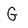
Character: G